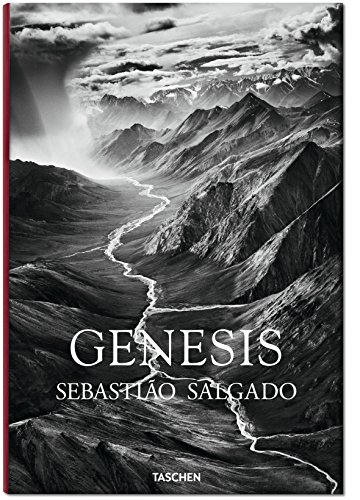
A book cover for SebastiÃ£o Salgado: GENESIS; Lelia Wanick Salgado; Arts & Photography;